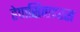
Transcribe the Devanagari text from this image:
हेपासिवाइरस